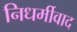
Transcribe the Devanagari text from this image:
निधर्मीवाद